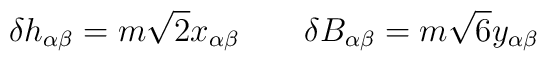
\delta h_{\alpha\beta} = m \sqrt{2} x_{\alpha\beta} \qquad\delta B_{\alpha\beta} = m \sqrt{6} y_{\alpha\beta}